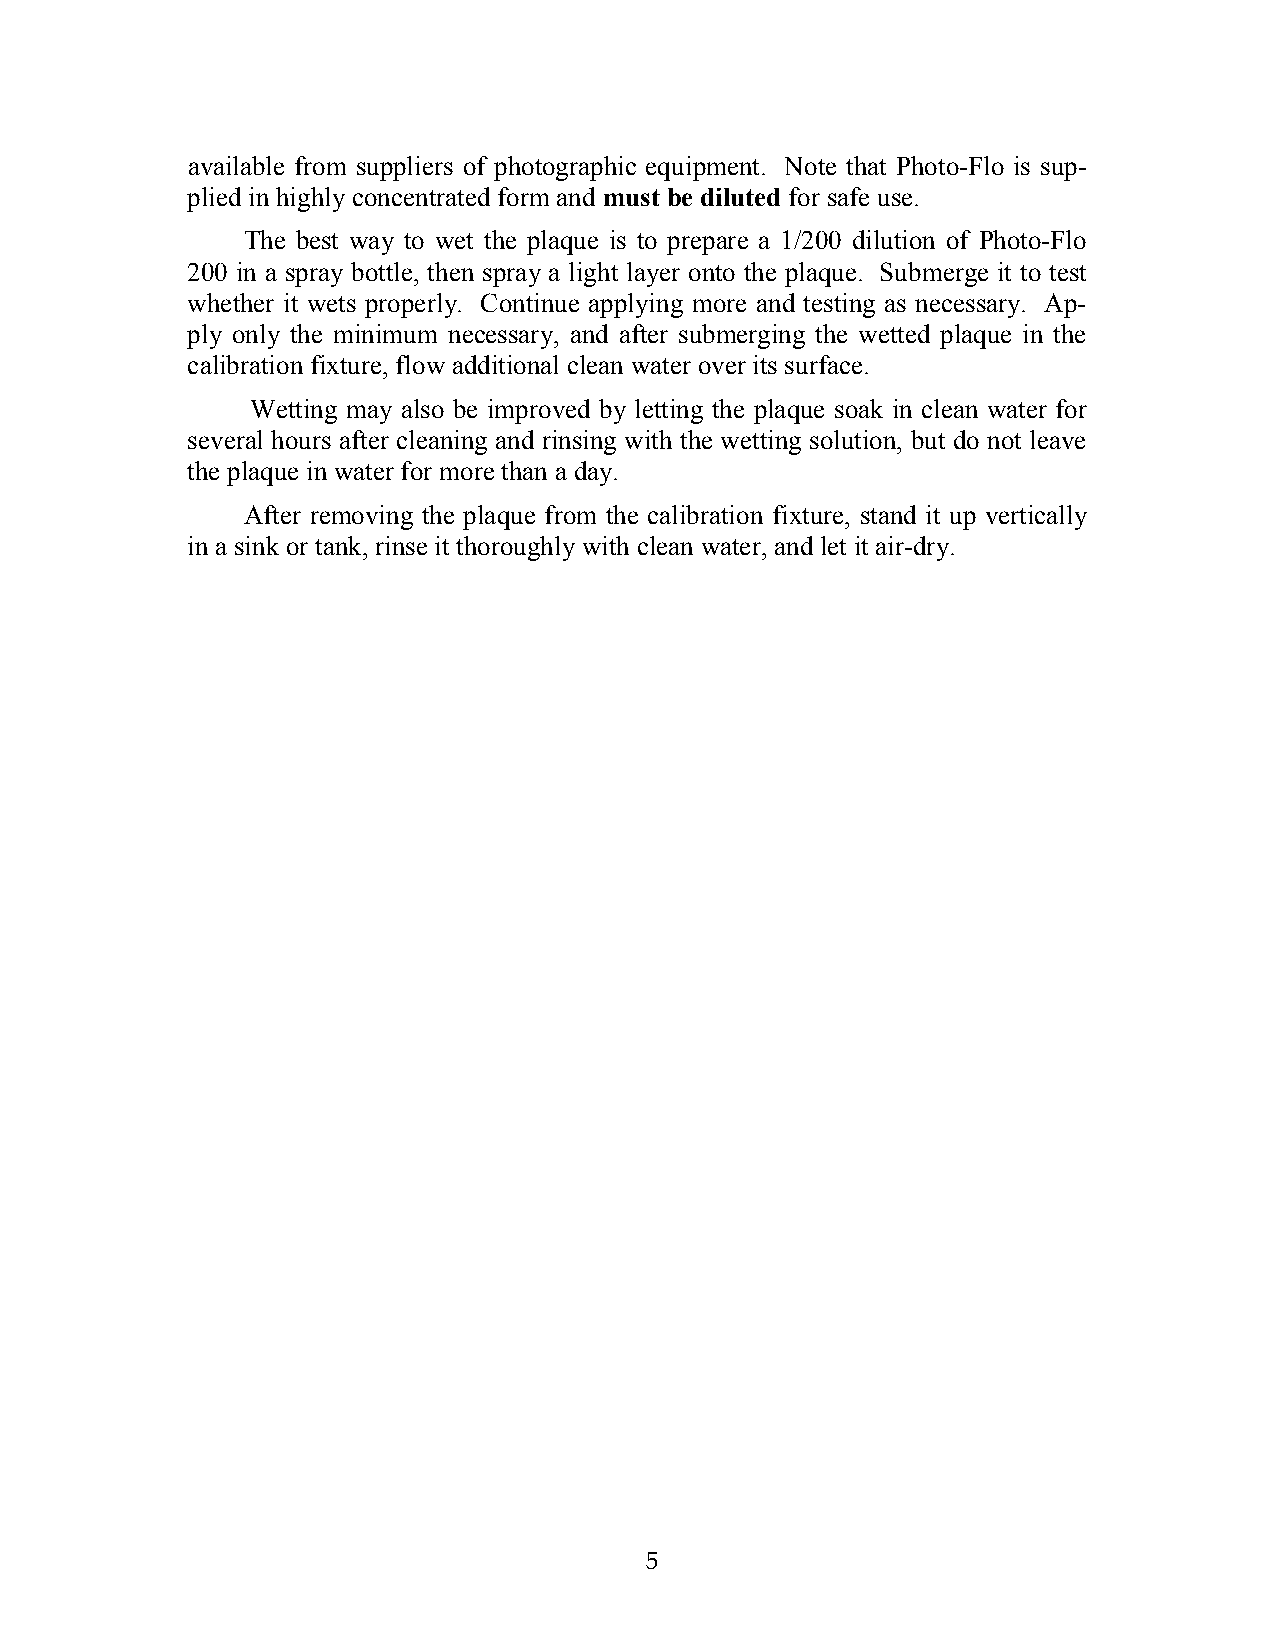
available from suppliers of photographic equipment. Note that Photo-Flo is sup-
 plied in highlyconcentrated form and must be diluted for safe use.
 The best way to wet the plaque is to prepare a 1/200 dilution of Photo-Flo
 200 in a spray bottle, then spray a light layer onto the plaque. Submerge it to test
 whether it wets properly. Continue applying more and testing as necessary. Ap-
 ply only the minimum necessary, and after submerging the wetted plaque in the
 calibration fixture, flow additional clean water over its surface.
 Wetting may also be improved by letting the plaque soak in clean water for
 several hours after cleaning and rinsing with the wetting solution, but do not leave
 the plaque in water for more than a day.
 After removing the plaque from the calibration fixture, stand it up vertically
 in a sink or tank, rinse it thoroughly with clean water, and let it air-dry.
 55